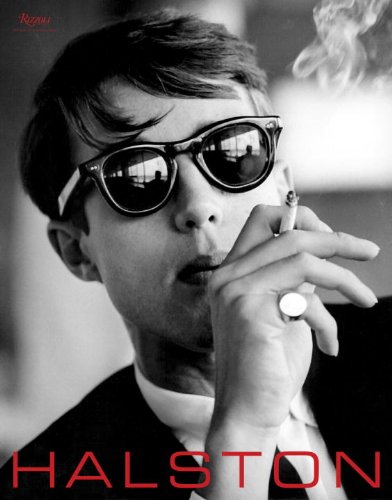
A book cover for Halston: Inventing American Fashion; Lesley Frowick; Humor & Entertainment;